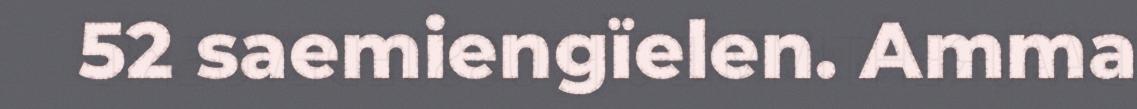
52 saemiengïelen. Amma